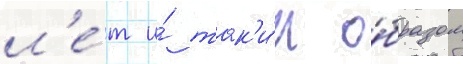
л'е́т и́ так'и́м о́бразом